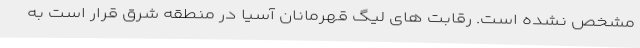
مشخص نشده است. رقابت های لیگ قهرمانان آسیا در منطقه شرق قرار است به